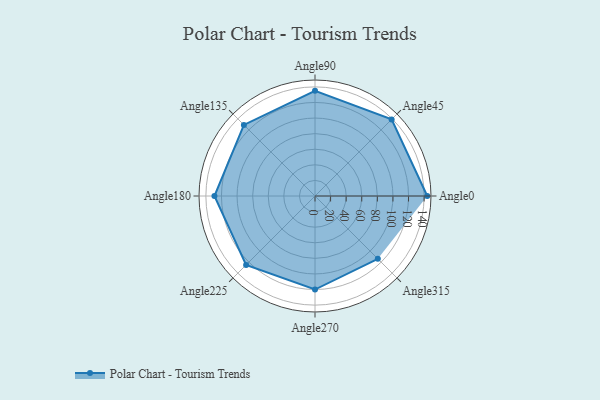
{"axis": {"x": "Angle", "y": "Radius"}, "legend": [""], "data": [{"x": "Angle0", "y": 144.0, "type": ""}, {"x": "Angle45", "y": 139.0, "type": ""}, {"x": "Angle90", "y": 135.0, "type": ""}, {"x": "Angle135", "y": 129.0, "type": ""}, {"x": "Angle180", "y": 129.0, "type": ""}, {"x": "Angle225", "y": 125.0, "type": ""}, {"x": "Angle270", "y": 120.0, "type": ""}, {"x": "Angle315", "y": 114.0, "type": ""}]}